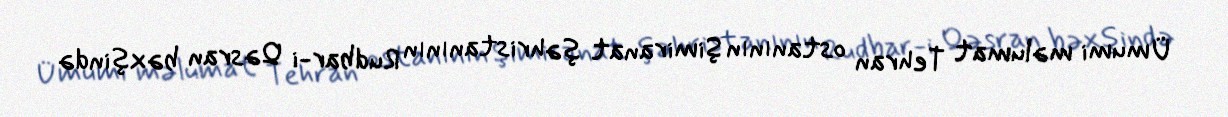
Ümumi məlumat Tehran ostanının Şimiranat şəhristanının Rudbar-i Qəsran bəxşində